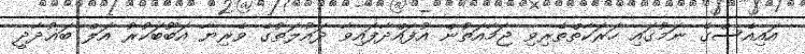
އައިއެސްގެ ނަމުގައި ހަރަކާތްތެރިވި ޖަމާއަތުން އުފައްދާފައިވާ ދައުލަތުގެ ވެރިޔާ އަބޫބަކުރު އަލް ބަޣުދާދީ